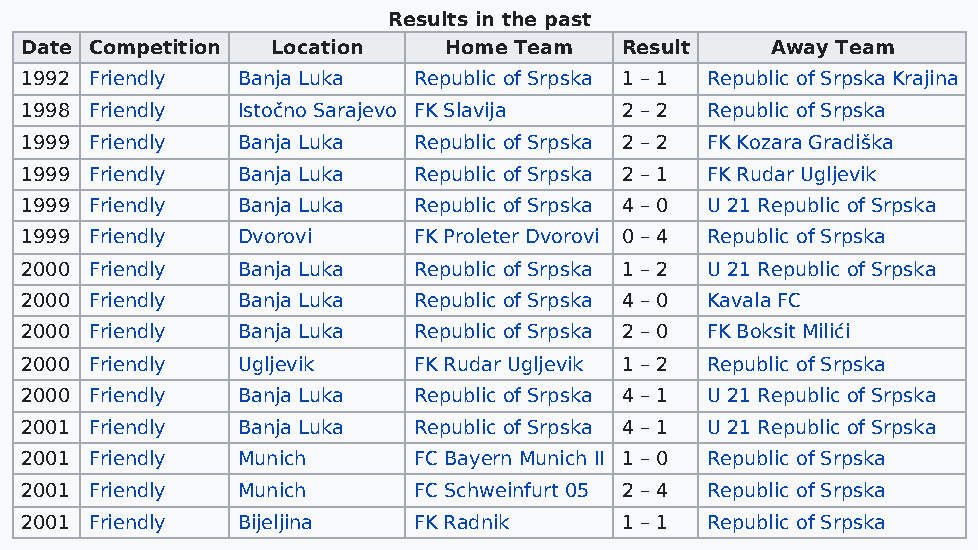
Results in the past
 Date Competition Location   Home Team   Result    Away Team
 1992 Friendly  Banja Luka Republic of Srpska 1 – 1 Republic of Srpska Krajina
 1998 Friendly  Istočno Sarajevo FK Slavija 2 – 2 Republic of Srpska
 1999 Friendly  Banja Luka Republic of Srpska 2 – 2 FK Kozara Gradiška
 1999 Friendly  Banja Luka Republic of Srpska 2 – 1 FK Rudar Ugljevik
 1999 Friendly  Banja Luka Republic of Srpska 4 – 0 U 21 Republic of Srpska
 1999 Friendly  Dvorovi    FK Proleter Dvorovi 0 – 4 Republic of Srpska
 2000 Friendly  Banja Luka Republic of Srpska 1 – 2 U 21 Republic of Srpska
 2000 Friendly  Banja Luka Republic of Srpska 4 – 0 Kavala FC
 2000 Friendly  Banja Luka Republic of Srpska 2 – 0 FK Boksit Milići
 2000 Friendly  Ugljevik   FK Rudar Ugljevik 1 – 2 Republic of Srpska
 2000 Friendly  Banja Luka Republic of Srpska 4 – 1 U 21 Republic of Srpska
 2001 Friendly  Banja Luka Republic of Srpska 4 – 1 U 21 Republic of Srpska
 2001 Friendly  Munich     FC Bayern Munich II 1 – 0 Republic of Srpska
 2001 Friendly  Munich     FC Schweinfurt 05 2 – 4 Republic of Srpska
 2001 Friendly  Bijeljina  FK Radnik     1 – 1 Republic of Srpska